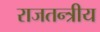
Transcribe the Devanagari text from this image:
राजतन्त्रीय